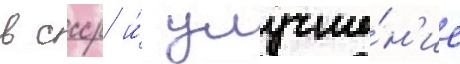
в ссср и́ улучше́н'ие